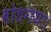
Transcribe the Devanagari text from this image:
बोधगया।